Indian journal of veterinary science and animal husbandry - Volume 9,
Year: 1939
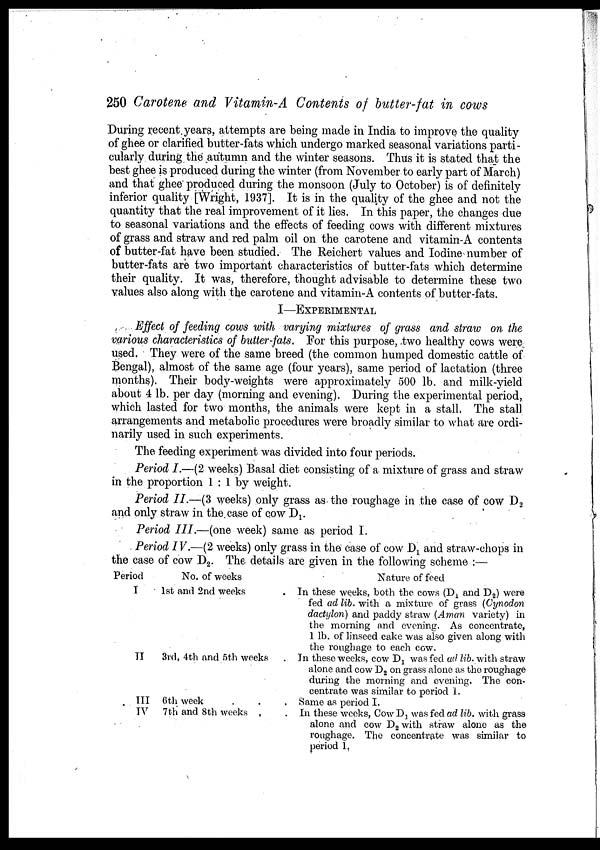
250 Carotene and Vitamin-A Contents of butter-fat in cows
During recent years, attempts are being made in India to improve the quality
of ghee or clarified butter-fats which undergo marked seasonal variations parti-
cularly during the autumn and the winter seasons. Thus it is stated that the
best ghee is produced during the winter (from November to early part of March)
and that ghee produced during the monsoon (July to October) is of definitely
inferior quality [Wright, 1937]. It is in the quality of the ghee and not the
quantity that the real improvement of it lies. In this paper, the changes due
to seasonal variations and the effects of feeding cows with different mixtures
of grass and straw and red palm oil on the carotene and vitamin-A contents
of butter-fat have been studied. The Reichert values and Iodine number of
butter-fats are two important characteristics of butter-fats which determine
their quality. It was, therefore, thought advisable to determine these two
values also along with the carotene and vitamin-A contents of butter-fats.
I—EXPERIMENTAL
Effect of feeding cows with varying mixtures of grass and straw on the
various characteristics of butter-fats. For this purpose, two healthy cows were
used. They were of the same breed (the common humped domestic cattle of
Bengal), almost of the same age (four years), same period of lactation (three
months). Their body-weights were approximately 500 lb. and milk-yield
about 4 lb. per day (morning and evening). During the experimental period,
which lasted for two months, the animals were kept in a stall. The stall
arrangements and metabolic procedures were broadly similar to what are ordi-
narily used in such experiments.
The feeding experiment was divided into four periods.
Period I.—(2 weeks) Basal diet consisting of a mixture of grass and straw
in the proportion 1 : 1 by weight.
Period II.—(3 weeks) only grass as the roughage in the case of cow D 2
and only straw in the. case of cow D 1 .
Period III.—(one week) same as period I.
Period IV.—(2 weeks) only grass in the case of cow D 1 and straw-chops in
the case of cow D 2 . The details are given in the following scheme :—
Period
I
II
III
IV
No. of weeks
1st and 2nd weeks .
3rd, 4th and 5th weeks .
6th week . . .
7th and 8th weeks . .
Nature of feed
In these weeks, both the cows (D 1 and D 2 ) were
fed ad lib. with a mixture of grass (Cynodon
dactylon) and paddy straw (Aman variety) in
the morning and evening. As concentrate,
1 lb. of linseed cake was also given along with
the roughage to each cow.
In these weeks, cow D 1 was fed ad lib. with straw
alone and cow D 2 on grass alone as the roughage
during the morning and evening. The con-
centrate was similar to period I.
Same as period I.
In these weeks, Cow D 1 was fed ad lib. with grass
alone and cow D 2 with straw alone as the
roughage. The concentrate was similar to
period 1.